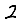
Digit: 2